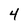
Character: 4